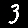
Digit: 3